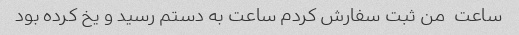
ساعت  من ثبت سفارش کردم ساعت به دستم رسید و یخ کرده بود